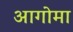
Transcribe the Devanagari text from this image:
आगोमा